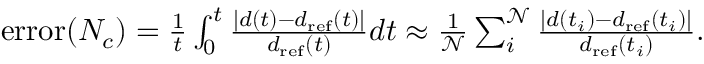
\begin{array} { r } { \mathrm { e r r o r } ( N _ { c } ) = \frac { 1 } { t } \int _ { 0 } ^ { t } \frac { | d ( t ) - d _ { \mathrm { r e f } } ( t ) | } { d _ { \mathrm { r e f } } ( t ) } d t \approx \frac { 1 } { \mathcal { N } } \sum _ { i } ^ { \mathcal { N } } \frac { | d ( t _ { i } ) - d _ { \mathrm { r e f } } ( t _ { i } ) | } { d _ { \mathrm { r e f } } ( t _ { i } ) } . } \end{array}